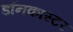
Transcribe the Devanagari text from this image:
डॉनकास्टर